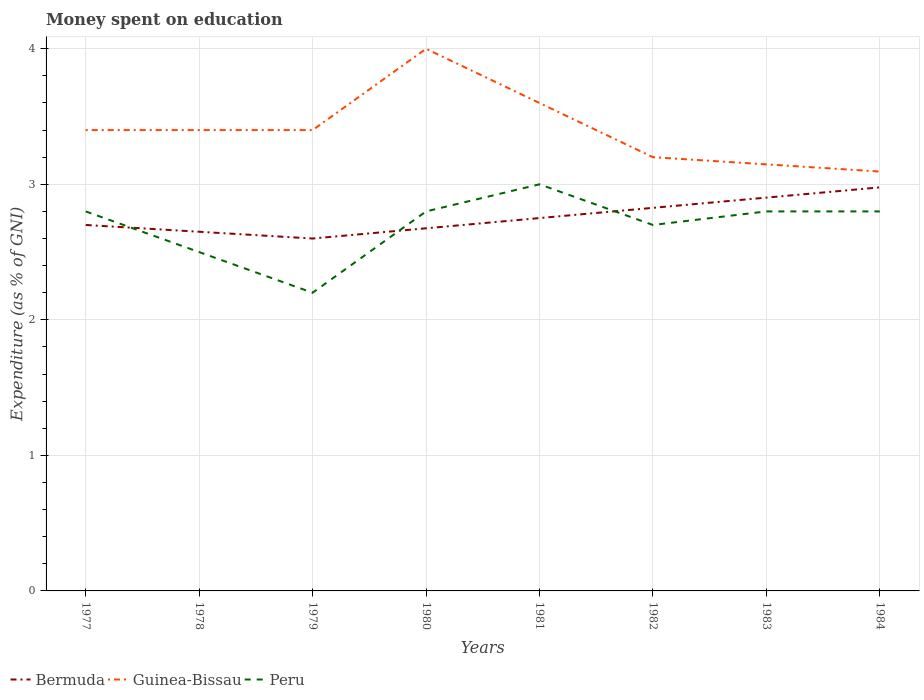
| Years | Bermuda | Guinea-Bissau | Peru |
 | --- | --- | --- | --- |
 | 1977 | 2.7 | 3.4 | 2.8 |
 | 1978 | 2.65 | 3.4 | 2.5 |
 | 1979 | 2.6 | 3.4 | 2.2 |
 | 1980 | 2.68 | 4 | 2.8 |
 | 1981 | 2.75 | 3.6 | 3 |
 | 1982 | 2.83 | 3.2 | 2.7 |
 | 1983 | 2.9 | 3.15 | 2.8 |
 | 1984 | 2.98 | 3.09 | 2.8 |